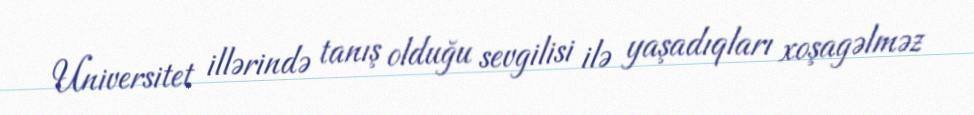
Universitet illərində tanış olduğu sevgilisi ilə yaşadıqları xoşagəlməz